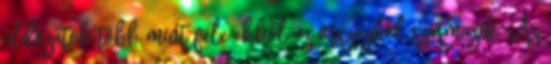
áldozatok több mint fele ebből az országból származik. Az